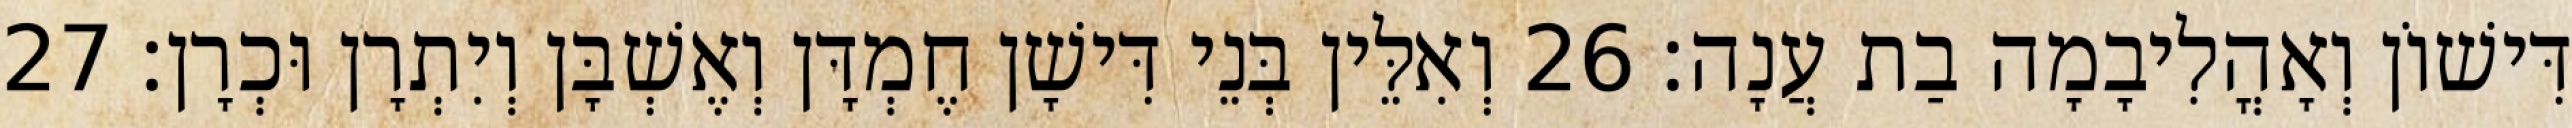
דִּישׁוֹן וְאָהֳלִיבָמָה בַת עֲנָה׃ 26 וְאִלֵּין בְּנֵי דִּישָׁן חֶמְדָּן וְאֶשְׁבָּן וְיִתְרָן וּכְרָן׃ 27